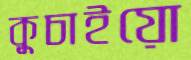
কুচাইয়ো